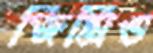
জিমিও